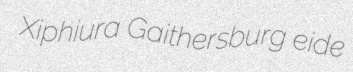
Xiphiura Gaithersburg eide